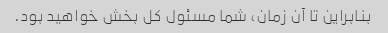
بنابراین تا آن زمان، شما مسئول کل بخش خواهید بود.